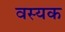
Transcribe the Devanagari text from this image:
वस्यक